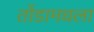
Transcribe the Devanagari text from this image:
तोंडामधला